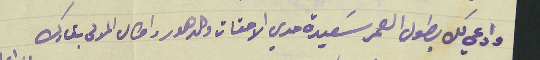
وادعي لك بطول العمر سَعيدة حدي الاحقات والدهور واطال المولى بقاءك